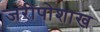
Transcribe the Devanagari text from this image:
जरीपोशाख